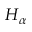
H _ { \alpha }